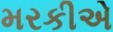
મરકીએ